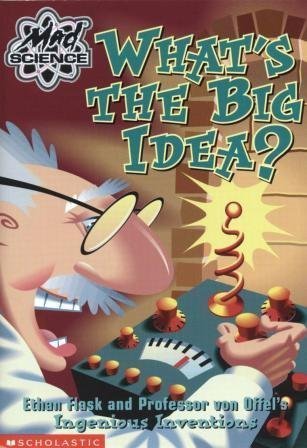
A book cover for What's the Big Idea? Ethan Flask and Professor von Offel's Ingenious Inventions (Mad Science); Kathy Burkett; Sports & Outdoors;